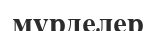
мүрделер